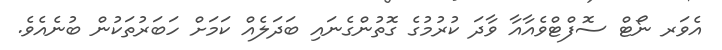
އެވަރ ނޯޓް ސޮފްޓްވެއާއާ ވާދަ ކުރުމުގެ ގޮތުންގެނައި ބަދަލެއް ކަމަށް ހަބަރުތަކުން ބުނެއެވެ.